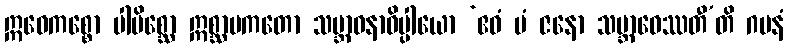
ဣဓေကစ္စော ပါပိစ္ဆော ဣစ္ဆာပကတော သမ္ဘာဝနာဓိပ္ပါယော ‘ဧဝံ မံ ဇနော သမ္ဘာဝေဿတီ’တိ ဂမနံ